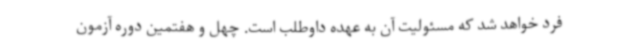
فرد خواهد شد که مسئولیت آن به عهده داوطلب است. چهل و هفتمین دوره آزمون